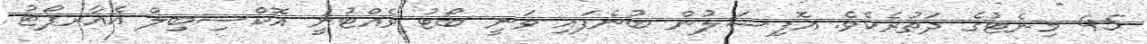
45 މިނެޓުގެ ދަތުރެކެވެ. އޮފިޝަލުން ބުނެފައި ވަނީ ބޯޓު ވެއްޓުނީ އޮކްސިބިލް އެއާރޕޯޓު